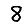
Digit: 8